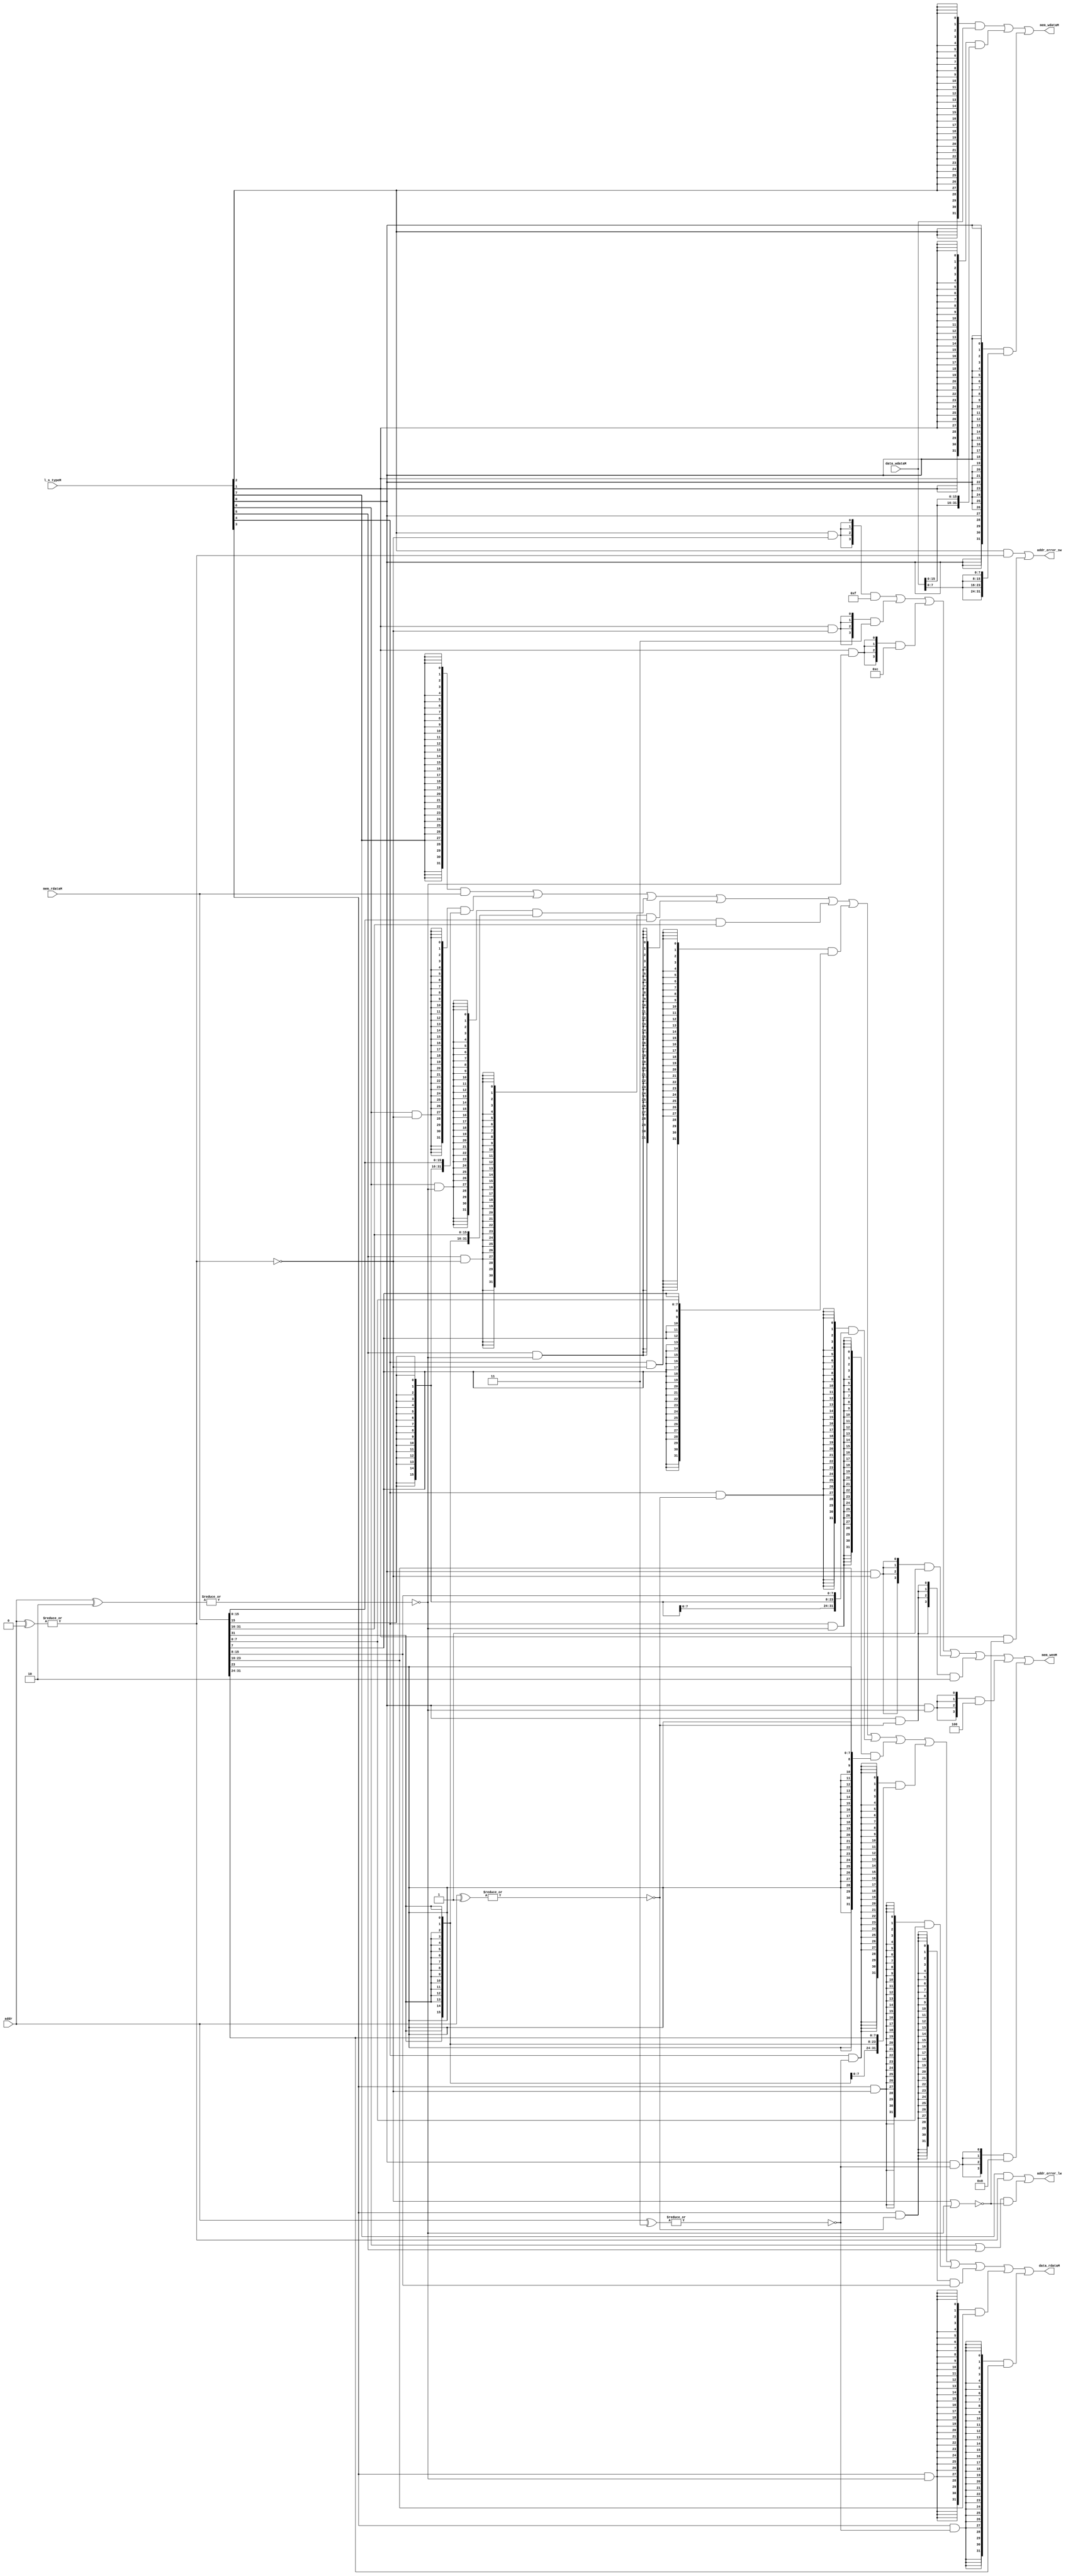
module mem_ctrl(
    input wire [7:0] l_s_typeM,
    input wire [1:0] addr,

    input wire [31:0] data_wdataM,
    output wire [31:0] mem_wdataM,
    output wire [3:0] mem_wenM,

    input wire [31:0] mem_rdataM,
    output wire [31:0] data_rdataM,

    output wire addr_error_sw, addr_error_lw
);
    wire instr_lw, instr_lh, instr_lhu, instr_lb, instr_lbu, instr_sw, instr_sh, instr_sb;
    wire addr_W0, addr_B2, addr_B1, addr_B3;
    
	assign {instr_lw, instr_lh, instr_lhu, instr_lb, instr_lbu, instr_sw, instr_sh, instr_sb} = l_s_typeM;

    assign addr_error_sw = (instr_sw & ~addr_W0)
                        | (  instr_sh & ~(addr_W0 | addr_B2));
    assign addr_error_lw = (instr_lw & ~addr_W0)
                        | (( instr_lh | instr_lhu ) & ~(addr_W0 | addr_B2));

    assign addr_W0 = ~(|(addr[1:0] ^ 2'b00));
    assign addr_B2 = ~(|(addr[1:0] ^ 2'b10));
    assign addr_B1 = ~(|(addr[1:0] ^ 2'b01));
    assign addr_B3 = ~(|(addr[1:0] ^ 2'b11));

// wdata  and  byte_wen
    assign mem_wenM = ( {4{( instr_sw & addr_W0 )}} & 4'b1111)
                        | ( {4{( instr_sh & addr_W0  )}} & 4'b0011)
                        | ( {4{( instr_sh & addr_B2  )}} & 4'b1100)
                        | ( {4{( instr_sb & addr_W0  )}} & 4'b0001)
                        | ( {4{( instr_sb & addr_B1  )}} & 4'b0010)
                        | ( {4{( instr_sb & addr_B2  )}} & 4'b0100)
                        | ( {4{( instr_sb & addr_B3  )}} & 4'b1000);

// rdata
// data ram 按字寻址
    assign mem_wdataM =   ({ 32{instr_sw}} & data_wdataM)
                        | ( {32{instr_sh}}  & {2{data_wdataM[15:0]} })
                        | ( {32{instr_sb}}  & {4{data_wdataM[7:0]}  });
// 所以还是取了整个字：    
    assign data_rdataM =  ( {32{instr_lw}}   & mem_rdataM)
                        | ( {32{ instr_lh   & addr_W0}}  & { {16{mem_rdataM[15]}},  mem_rdataM[15:0]    })
                        | ( {32{ instr_lh   & addr_B2}}  & { {16{mem_rdataM[31]}},  mem_rdataM[31:16]   })
                        | ( {32{ instr_lhu  & addr_W0}}  & {  16'b0,                mem_rdataM[15:0]    })
                        | ( {32{ instr_lhu  & addr_B2}}  & {  16'b0,                mem_rdataM[31:16]   })
                        | ( {32{ instr_lb   & addr_W0}}  & { {24{mem_rdataM[7]}},   mem_rdataM[7:0]     })
                        | ( {32{ instr_lb   & addr_B1}}  & { {24{mem_rdataM[15]}},  mem_rdataM[15:8]    })
                        | ( {32{ instr_lb   & addr_B2}}  & { {24{mem_rdataM[23]}},  mem_rdataM[23:16]   })
                        | ( {32{ instr_lb   & addr_B3}}  & { {24{mem_rdataM[31]}},  mem_rdataM[31:24]   })
                        | ( {32{ instr_lbu  & addr_W0}}  & {  24'b0 ,               mem_rdataM[7:0]     })
                        | ( {32{ instr_lbu  & addr_B1}}  & {  24'b0 ,               mem_rdataM[15:8]    })
                        | ( {32{ instr_lbu  & addr_B2}}  & {  24'b0 ,               mem_rdataM[23:16]   })
                        | ( {32{ instr_lbu  & addr_B3}}  & {  24'b0 ,               mem_rdataM[31:24]   });
endmodule